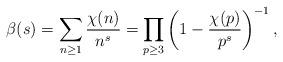
LaTeX: \begin{align*}\beta(s)=\sum_{n \geq 1} \frac{\chi(n)}{n^s}=\prod_{p \geq 3} \left (1-\frac{\chi(p)}{p^s}\right )^{-1},\end{align*}